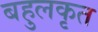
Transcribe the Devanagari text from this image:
बहुलकृत